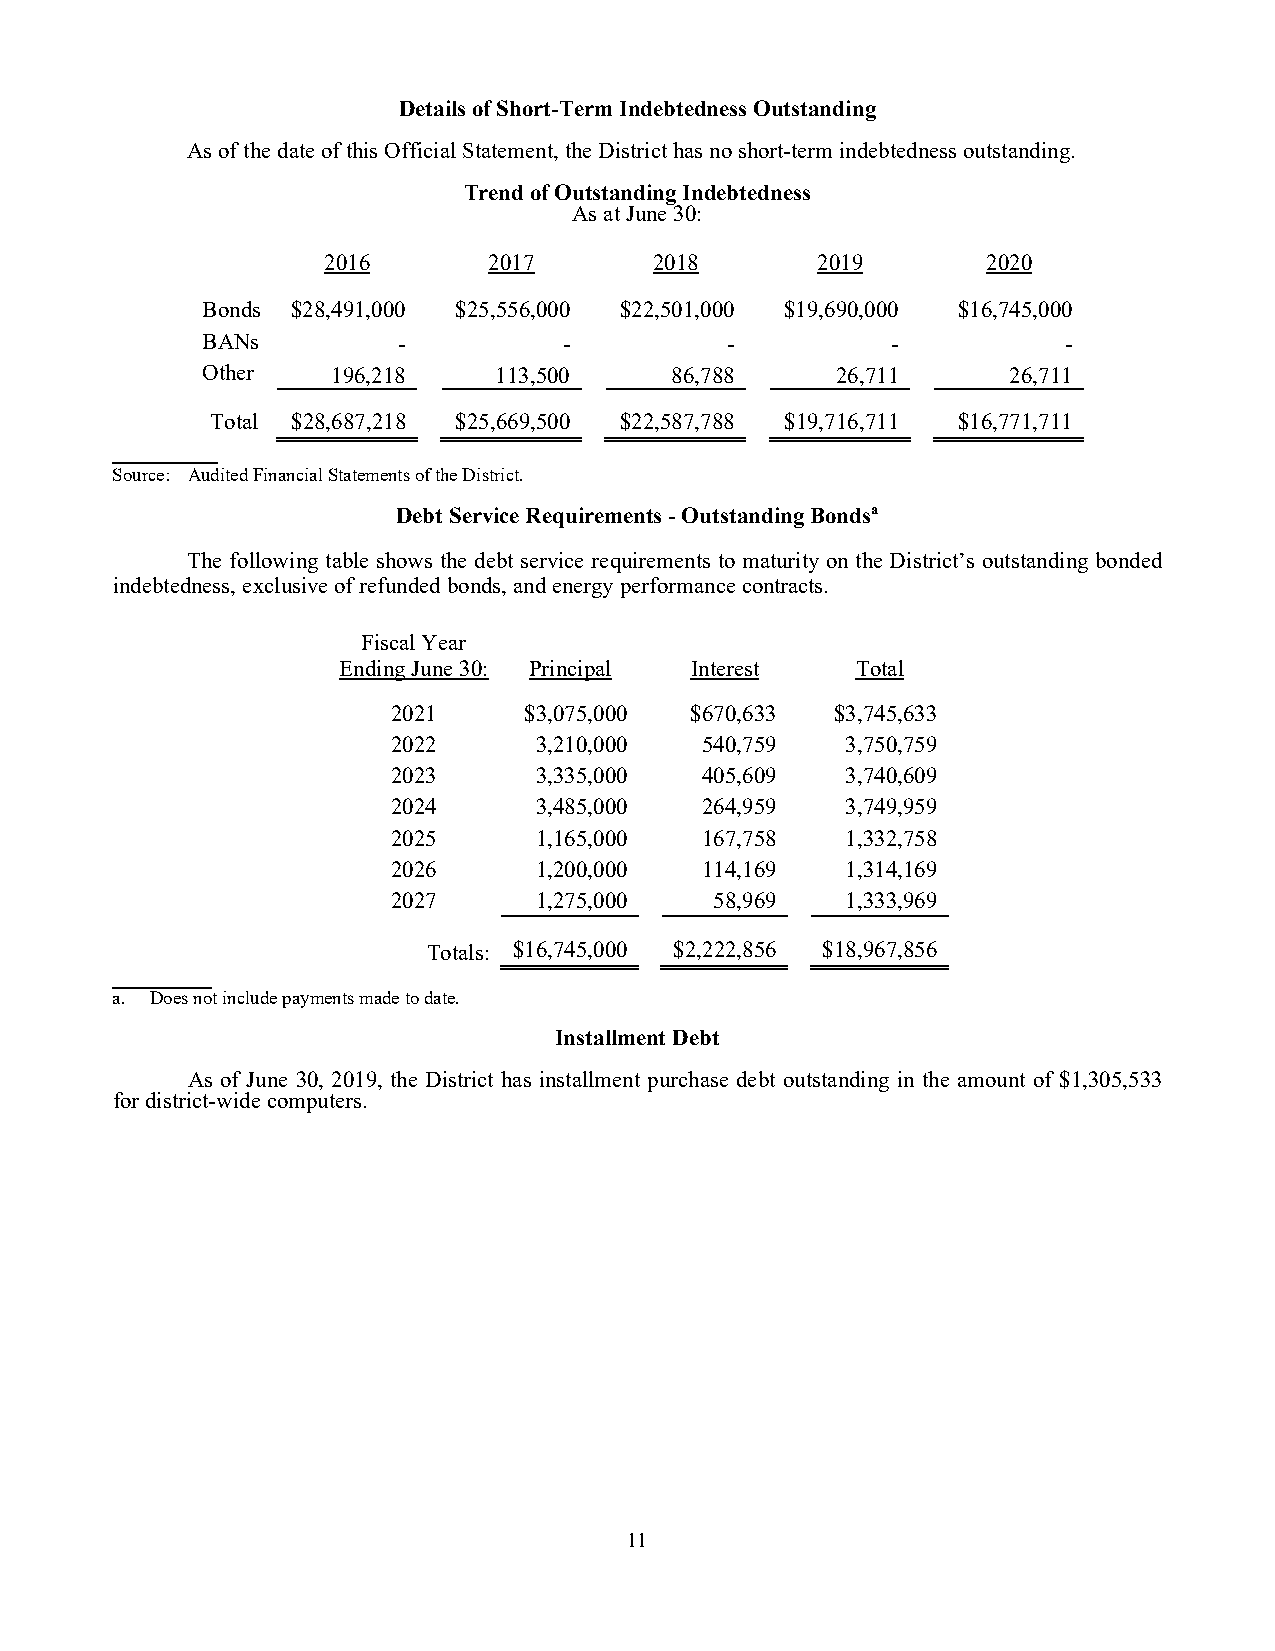
Details of Short-Term Indebtedness Outstanding
 As of the date of this Official Statement, the District has no short-term indebtedness outstanding.
 Trend of Outstanding Indebtedness
 As at June 30:
 2016       2017       2018       2019       2020
 Bonds $28,491,000 $25,556,000 $22,501,000 $19,690,000 $16,745,000
 BANs         -          -          -          -           -
 Other    196,218    113,500    86,788     26,711      26,711
 Total $28,687,218 $25,669,500 $22,587,788 $19,716,711 $16,771,711
 Source: Audited Financial Statements of the District.
 Debt Service Requirements - Outstanding Bondsa
 The following table shows the debt service requirements to maturity on the District’s outstanding bonded
 indebtedness, exclusive of refunded bonds, and energy performance contracts.
 Fiscal Year
 Ending June 30: Principal Interest Total
 2021     $3,075,000 $670,633 $3,745,633
 2022     3,210,000  540,759   3,750,759
 2023     3,335,000  405,609   3,740,609
 2024     3,485,000  264,959   3,749,959
 2025     1,165,000  167,758   1,332,758
 2026     1,200,000  114,169   1,314,169
 2027     1,275,000   58,969   1,333,969
 Totals: $16,745,000 $2,222,856 $18,967,856
 a. Does not include payments made to date.
 Installment Debt
 As of June 30, 2019, the District has installment purchase debt outstanding in the amount of $1,305,533
 for district-wide computers.
 11